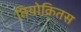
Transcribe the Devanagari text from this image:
तियोक्रितस